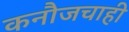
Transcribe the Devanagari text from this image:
कनौजचाही